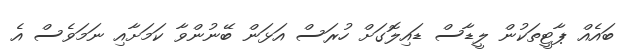
ބައެއް ޕާޓީތަކުން ލީޑާސް ޑައިލޮގަށް ހުރަސް އަޅަން ބޭނުންވާ ކަމަށާއި ނަމަވެސް އެ